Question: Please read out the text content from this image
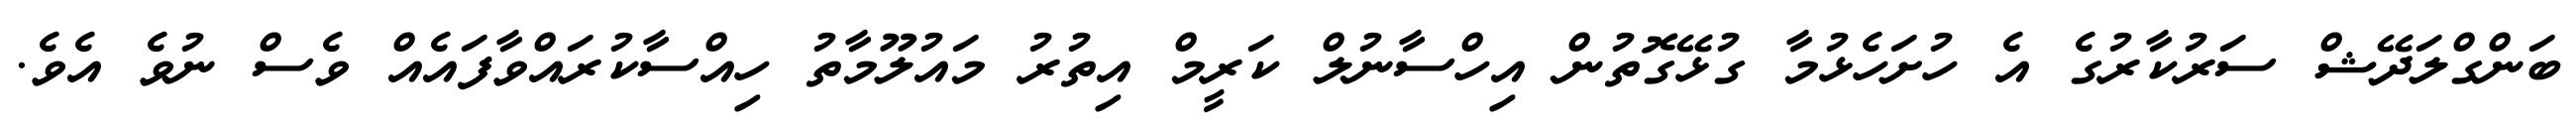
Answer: ބަންގްލަދޭޝް ސަރުކާރުގެ އެ ހުށަހެޅުމާ ގުޅޭގޮތުން އިހްސާނުލް ކަރީމް އިތުރު މައުލޫމާތު ހިއްސާކުރައްވާފައެއް ވެސް ނުވެ އެވެ.